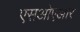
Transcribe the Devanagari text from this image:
एसओएआर